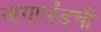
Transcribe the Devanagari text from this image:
नागालँडची